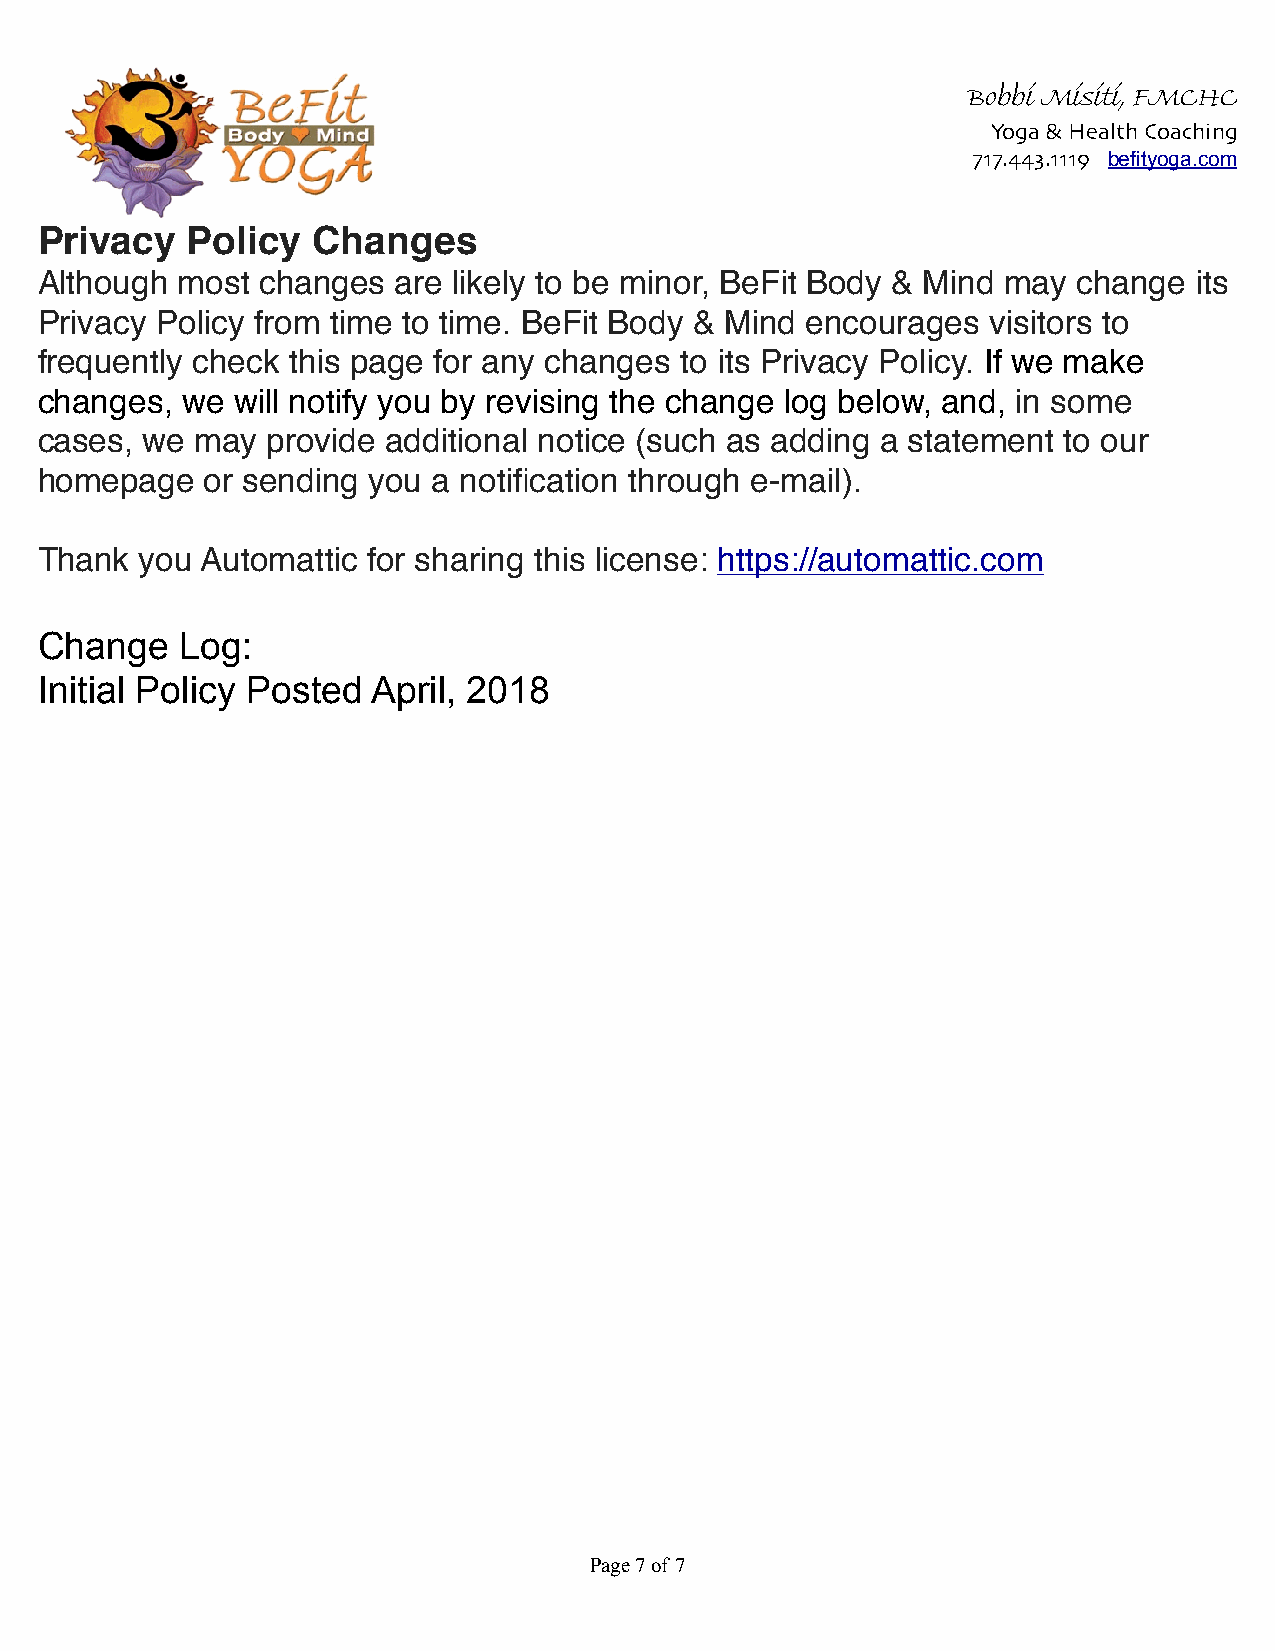
Bobbi Misiti, FMCHC
 Yoga & Health Coaching
 717.443.1119 befityoga.com
 Privacy   Policy   Changes
 Although  most changes  are likely to be minor, BeFit Body & Mind may change its
 Privacy Policy from time to time. BeFit Body & Mind encourages  visitors to
 frequently check this page for any changes to its Privacy Policy. If we make
 changes,  we will notify you by revising the change log below, and, in some
 cases, we  may  provide additional notice (such as adding a statement to our
 homepage    or sending you a notification through e-mail).
 Thank  you Automattic for sharing this license: https://automattic.com
 Change    Log:
 Initial Policy Posted  April, 2018
 Page !7 of !7